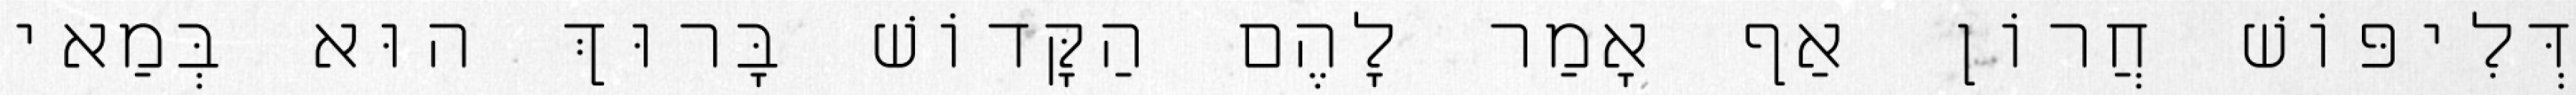
דְּלִיפּוֹשׁ חֲרוֹן אַף אָמַר לָהֶם הַקָּדוֹשׁ בָּרוּךְ הוּא בְּמַאי